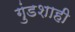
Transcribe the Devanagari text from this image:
गुंडशाही